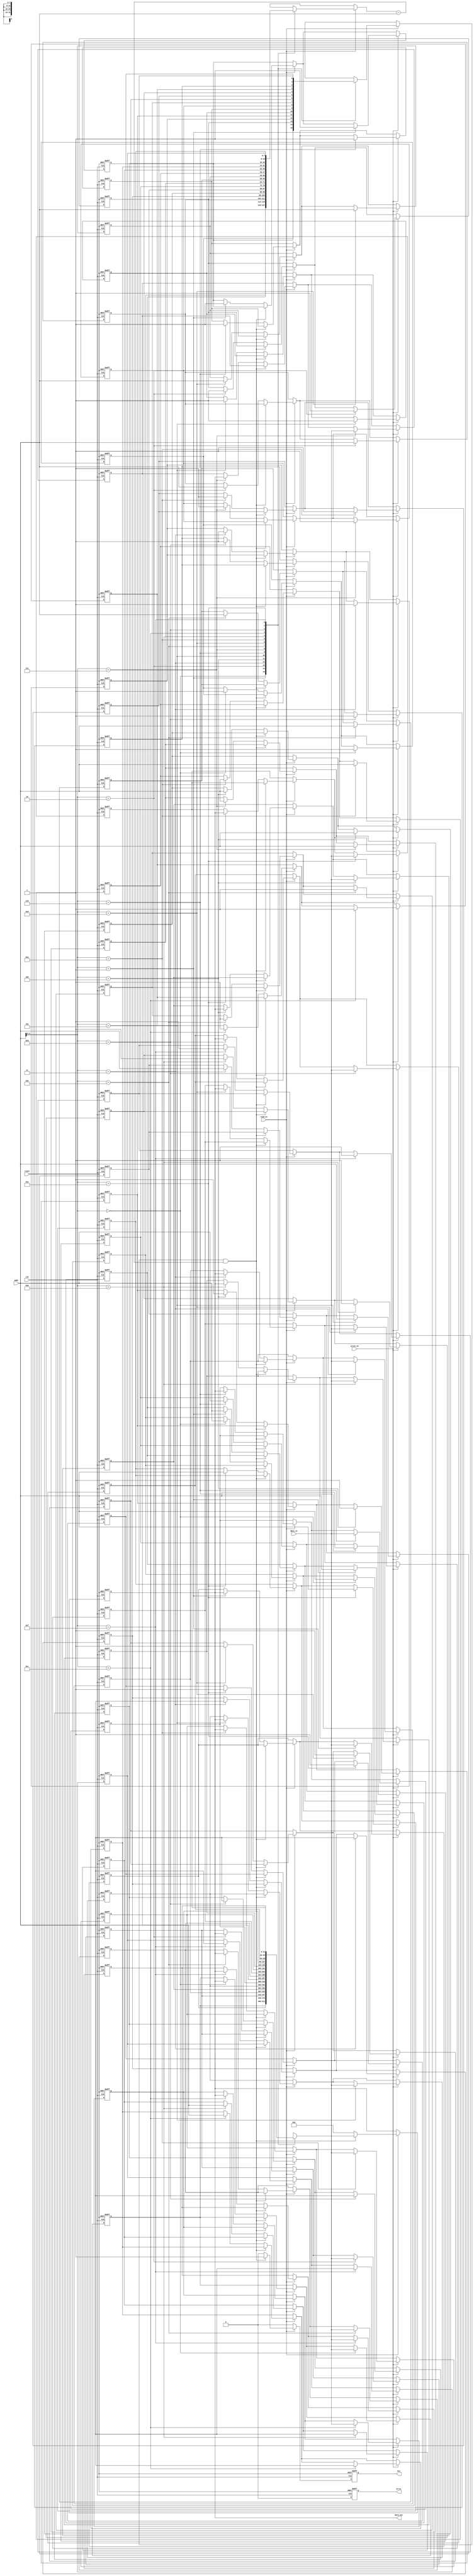
module WriteThroughCache #(
    parameter ADDR_WIDTH = 8,   // Address width
    parameter DATA_WIDTH = 32,   // Data width
    parameter CACHE_SIZE = 16    // Number of cache lines
)(
    input wire clk,
    input wire reset,
    input wire [ADDR_WIDTH-1:0] addr,      // Address input
    input wire [DATA_WIDTH-1:0] data_in,   // Data input
    input wire read_en,                    // Read enable
    input wire write_en,                   // Write enable
    output reg [DATA_WIDTH-1:0] data_out,  // Data output
    output reg hit,                        // Cache hit signal
    output reg error                       // Error signal
);

    // Cache line structure
    reg [ADDR_WIDTH-1:0] tag [0:CACHE_SIZE-1]; // Tag for each cache line
    reg [DATA_WIDTH-1:0] cache_data [0:CACHE_SIZE-1]; // Data for each cache line
    reg valid [0:CACHE_SIZE-1]; // Valid bits for each cache line

    // Cache index and tag extraction
    wire [ADDR_WIDTH-1:0] index = addr[ADDR_WIDTH-1:0]; // Direct mapping
    wire [ADDR_WIDTH-1:0] tag_in = addr[ADDR_WIDTH-1:0]; // Tag extraction

    integer i;

    // Cache controller
    always @(posedge clk or posedge reset) begin
        if (reset) begin
            // Reset cache
            for (i = 0; i < CACHE_SIZE; i = i + 1) begin
                valid[i] <= 1'b0;
                tag[i] <= {ADDR_WIDTH{1'b0}};
                cache_data[i] <= {DATA_WIDTH{1'b0}};
            end
            data_out <= {DATA_WIDTH{1'b0}};
            hit <= 1'b0;
            error <= 1'b0;
        end else begin
            hit <= 1'b0; // Default hit to false
            error <= 1'b0; // Default error to false

            // Read operation
            if (read_en) begin
                if (valid[index] && (tag[index] == tag_in)) begin
                    // Cache hit
                    data_out <= cache_data[index];
                    hit <= 1'b1;
                end else begin
                    // Cache miss
                    // Fetch from main memory (simulated here)
                    // In a real design, this would involve a memory interface
                    data_out <= {DATA_WIDTH{1'b0}}; // Simulate read from main memory
                    cache_data[index] <= data_out; // Update cache
                    tag[index] <= tag_in; // Update tag
                    valid[index] <= 1'b1; // Mark line as valid
                end
            end

            // Write operation
            if (write_en) begin
                // Write to cache and main memory
                cache_data[index] <= data_in; // Update cache
                tag[index] <= tag_in; // Update tag
                valid[index] <= 1'b1; // Mark line as valid

                // Simulate write to main memory
                // In a real design, this would involve a memory interface
            end
        end
    end
endmodule